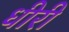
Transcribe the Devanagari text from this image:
धीरी